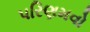
પરિણમવો